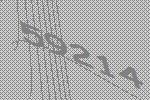
59214